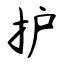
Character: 护